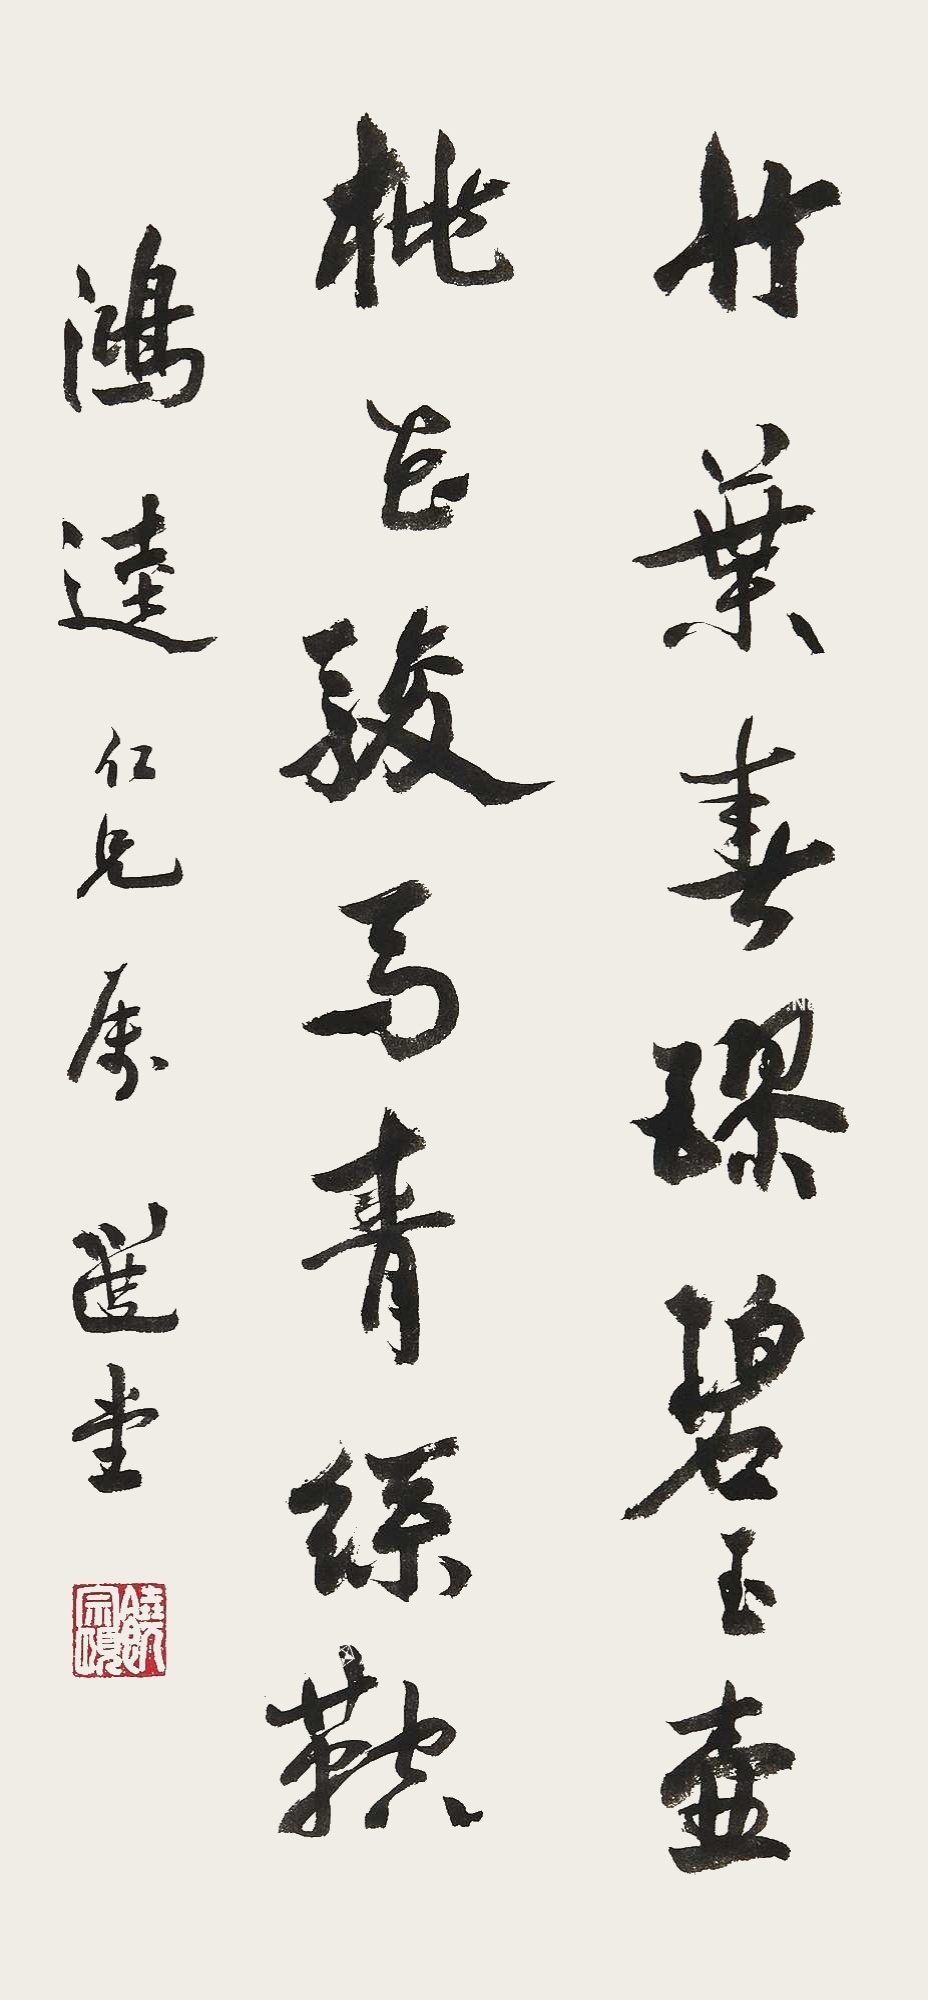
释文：竹叶春醪碧玉壶，桃花骏马青丝鞚。鸿逵仁兄属，选堂。